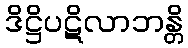
ဒိဋ္ဌိပဋိလာဘန္တိ